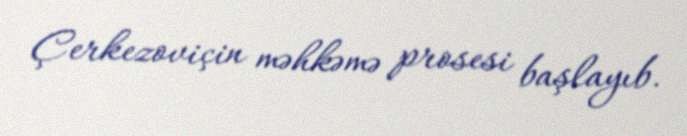
Çerkezoviçin məhkəmə prosesi başlayıb.